Vaccination in Burma 1912-1922 - 1912-1922
Year: 1912
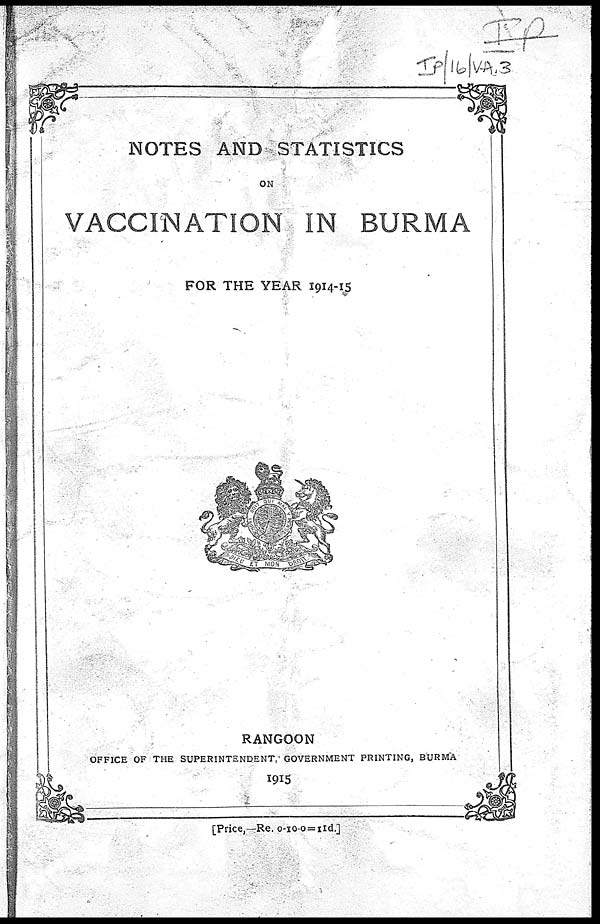
NOTES AND STATISTICS
ON
VACCINATION IN BURMA
FOR THE YEAR 1914-15
RANGOON
OFFICE OF THE SUPERINTENDENT, GOVERNMENT PRINTING, BURMA
1915
[Price,—Re. 0-10-0=IId.]